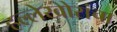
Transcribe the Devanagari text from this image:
हल्लेखोरांचा